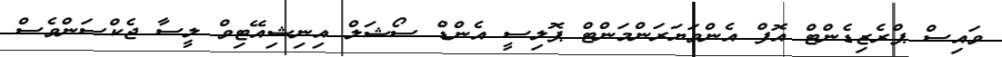
ވައިސް ޕްރެޒިޑެންޓް އޮފް އެންވަޔަރަންމަންޓް ޕޮލިސީ އެންޑް ސޯޝަލް އިނިޝިއޭޓިވް ލީސާ ޖެކްސަންވެސް